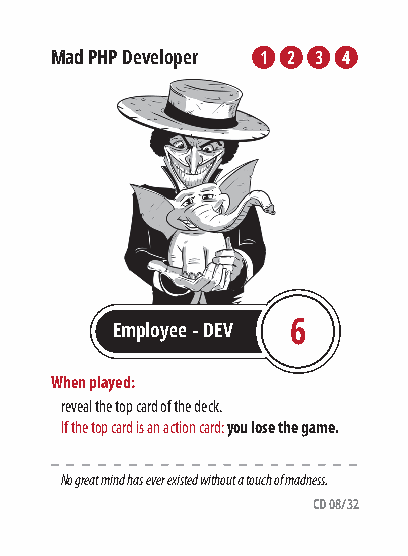
Mad PHP Developer 1 2 3 42
 Employee - DEV 6
 When played:
 reveal the top card of the deck.
 If the top card is an action card: you lose the game.
 No great mind has ever existed without a touch of madness.
 CD 08/32